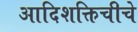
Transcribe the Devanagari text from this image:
आदिशक्तिचीचे